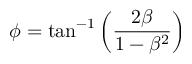
\phi = \tan ^ { - 1 } \left( \frac { 2 \beta } { 1 - \beta ^ { 2 } } \right)